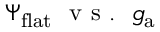
\Psi _ { \mathrm { f l a t } } ~ \mathrm { ~ v ~ s ~ . ~ } ~ g _ { \mathrm { a } }